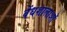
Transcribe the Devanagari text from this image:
वेंधशालाओं